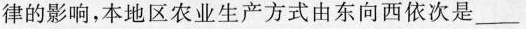
律的影响，本地区农业生产方式有东向西依次是___